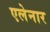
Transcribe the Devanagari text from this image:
एलेनार